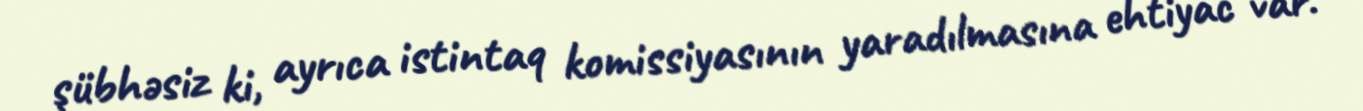
şübhəsiz ki, ayrıca istintaq komissiyasının yaradılmasına ehtiyac var.